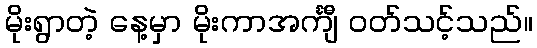
မိုးရွာတဲ့ နေ့မှာ မိုးကာအင်္ကျီ ဝတ်သင့်သည်။